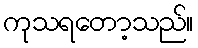
ကုသရတော့သည်။